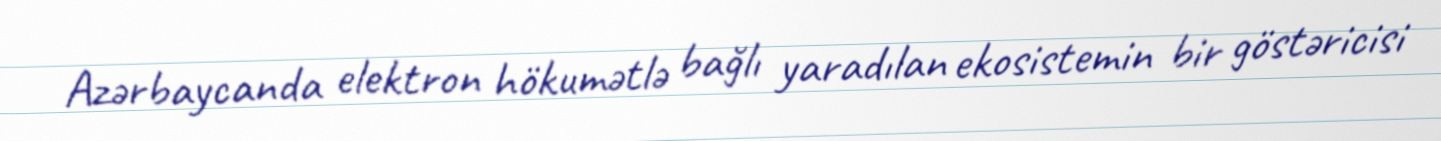
Azərbaycanda elektron hökumətlə bağlı yaradılan ekosistemin bir göstəricisi